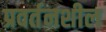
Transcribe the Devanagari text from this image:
प्रवर्तनशील